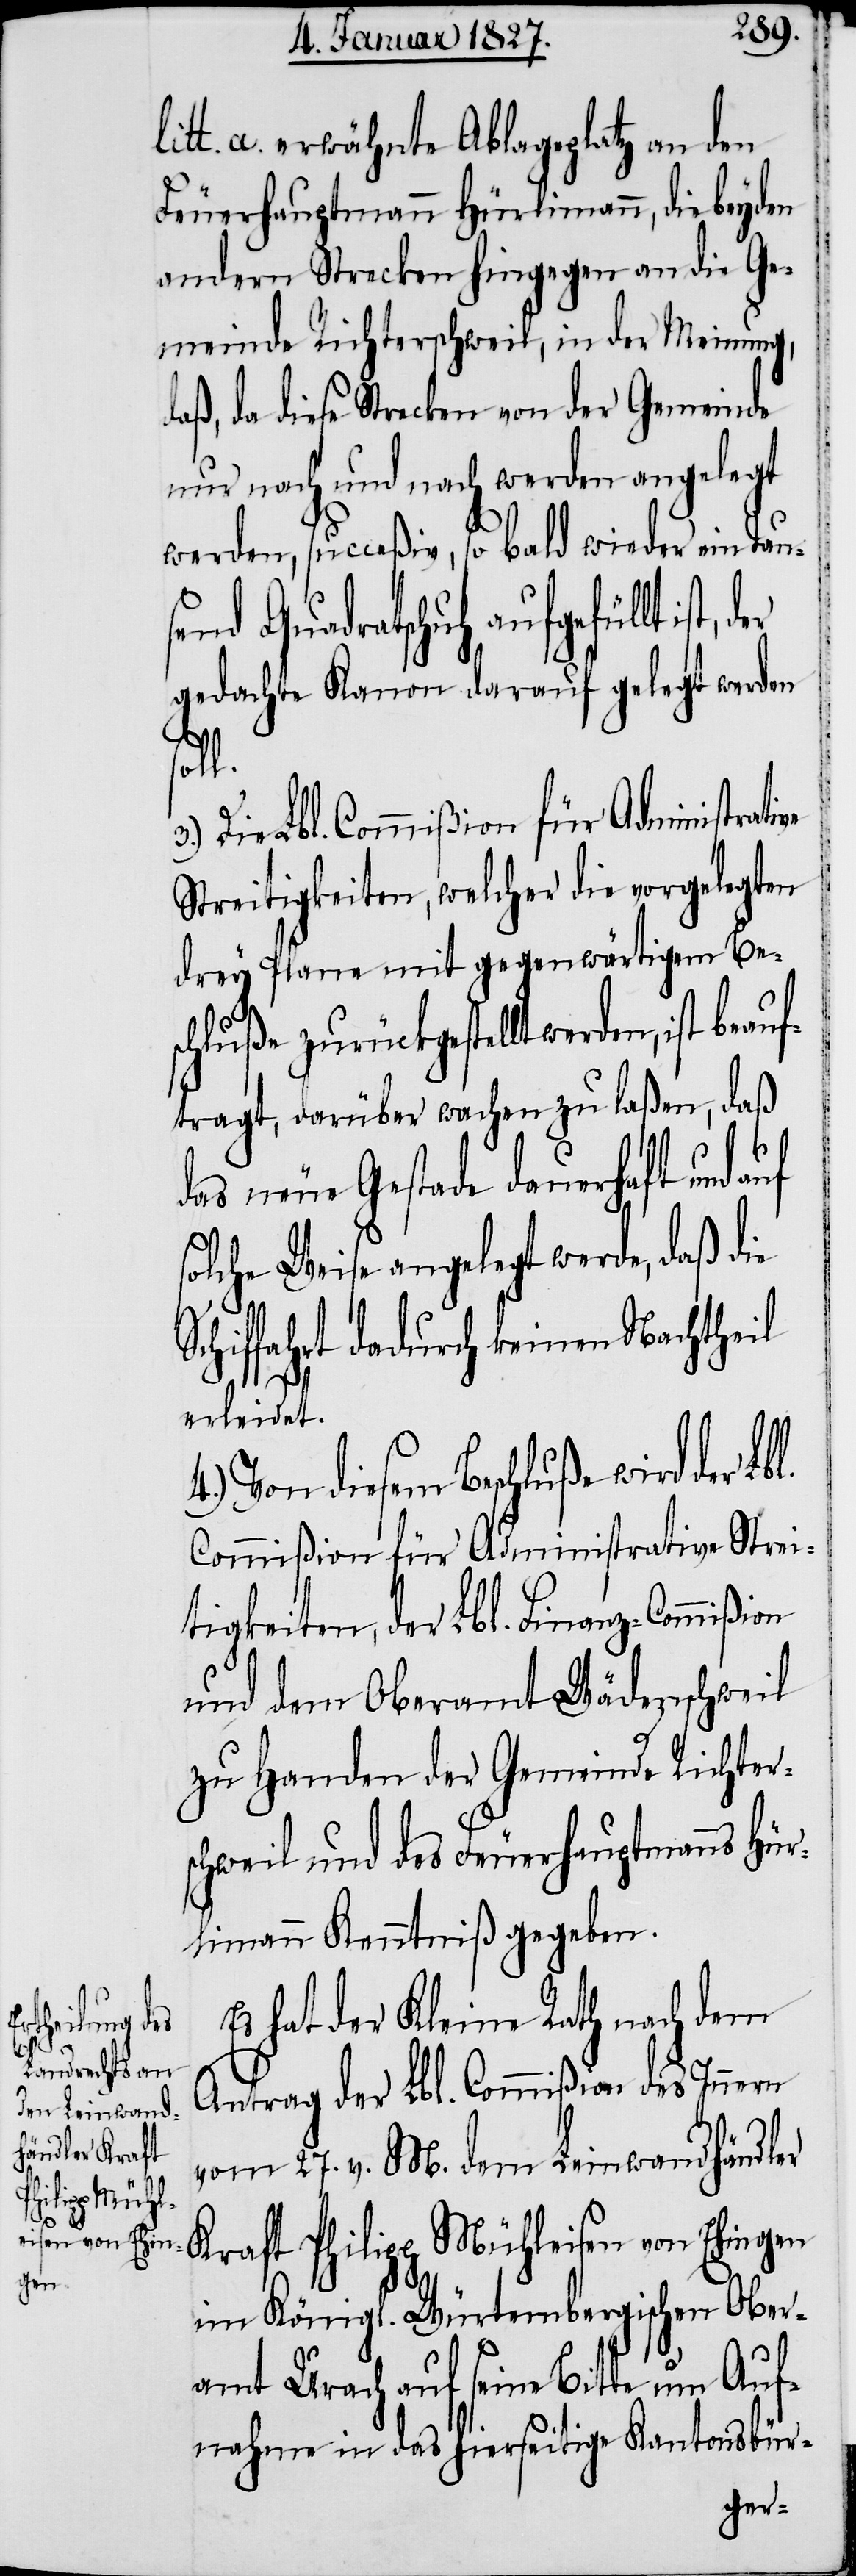
tt. a. erwähnte Ablageplatz an den
Feuerhauptmann Hürlimann, die beyden
andern Strecken hingegen an die Ge¬
meinde Richterschweil, in der Meinung,
aß, da diese Strecken von der Gemeinde
nur nach und nach werden angelegt
werden, succeßiv, so bald wieder ein Tau¬
send Quadratfuß aufgefüllt ist,
gedachte Kanon darauf gelegt werden
Lbl.
Die Lbl. Commißion für Administrative
Streitigkeiten, welcher die vorgelegten
drey Plane mit gegenwärtigem Be¬
schluße zurückgestellt werden, ist be¬
tragt, darüber wachen zu laßen, daß
das neue Gestade dauerhaft und auf
solche Weise angelegt werde, daß die
Schiffahrt dadurch keinen Nachtheil
d¬
erleidet.
Von diesem Beschluße wird der
Commißion für Administrative Strei¬
tigkeiten, der Lbl. Finanz-Commißion
und dem Oberamt Wädenschweil
zu Handen der Gemeinde Richter¬
schweil und des Feuerhauptmanns Hür¬
limann Kenntniß gegeben.
Es hat der Kleine Rath nach dem
Antrag der Lbl. Commißion des Innern
vom 27. v. M. dem Leinwandhändler
Kraft Philipp Mühleisen von Ehingen
im Königl. Würtembergischen Ober¬
amt Urach auf seine Bitte um Auf¬
nahme in das hierseitige Kantonsbür-